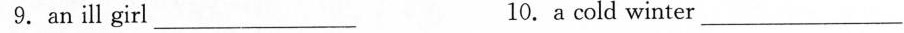
9.an ill girl ___ 10. a cold winter ___